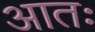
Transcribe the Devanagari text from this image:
आतः